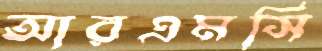
আরএমসি